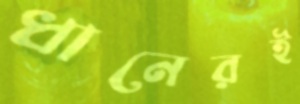
ধানেরই